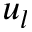
u _ { l }